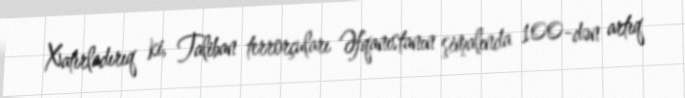
Xatırladırıq ki, Taliban terrorçuları Əfqanıstanın şimalında 100-dən artıq